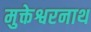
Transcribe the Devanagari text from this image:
मुक्तेश्वरनाथ